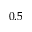
0 . 5